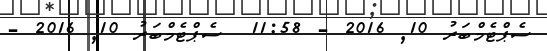
ސެޕްޓެމްބަރު 10